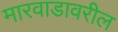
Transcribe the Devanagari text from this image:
मारवाडावरील